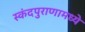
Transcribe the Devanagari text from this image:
स्कंदपुराणामध्ये